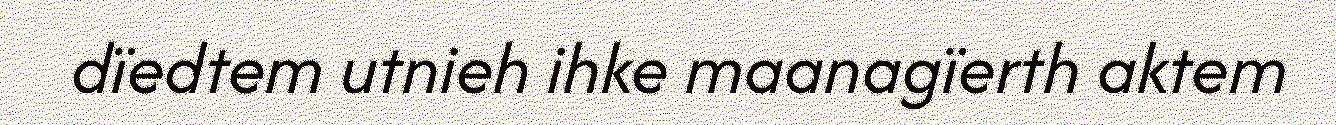
dïedtem utnieh ihke maanagïerth aktem